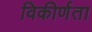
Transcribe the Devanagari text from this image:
विकीर्णता